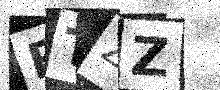
Text: BTZZ